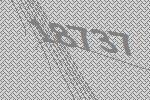
18737